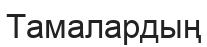
Тамалардың